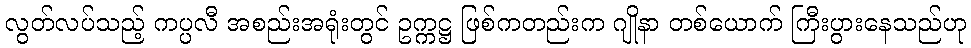
လွတ်လပ်သည့် ကပ္ပလီ အစည်းအရုံးတွင် ဥက္ကဋ္ဌ ဖြစ်ကတည်းက ဂျိုနာ တစ်ယောက် ကြီးပွားနေသည်ဟု